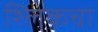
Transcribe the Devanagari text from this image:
श्लिकचा